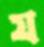
য